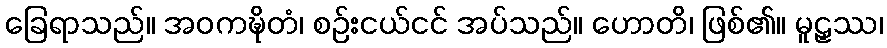
ခြေရာသည်။ အဝကဍ္ဎိတံ၊ စဉ်းငယ်ငင် အပ်သည်။ ဟောတိ၊ ဖြစ်၏။ မူဠှဿ၊